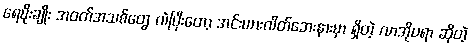
ရေမိုးချိုး အဝတ်အသစ်တွေ လဲပြီးတော့ အင်းယားလိတ်ဘေးနားမှာ ရှိတဲ့ လာအိုပရာ ဆိုတဲ့